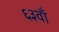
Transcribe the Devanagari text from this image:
६३वाँ